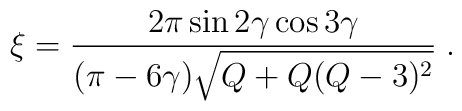
\xi=\frac{2\pi\sin2\gamma\cos3\gamma}{(\pi-6\gamma)\sqrt{Q+Q(Q-3)^{2}}}\;.